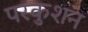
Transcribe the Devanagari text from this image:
परकुशन